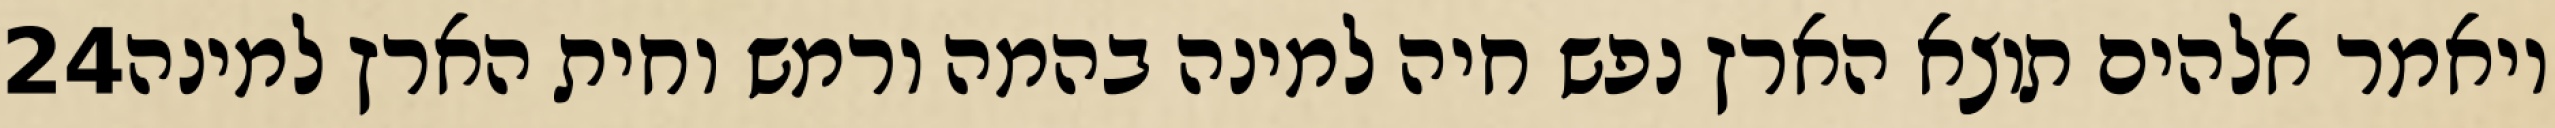
‎24‏ ויאמר אלהים תוצא הארץ נפש חיה למינה בהמה ורמש וחית הארץ למינה